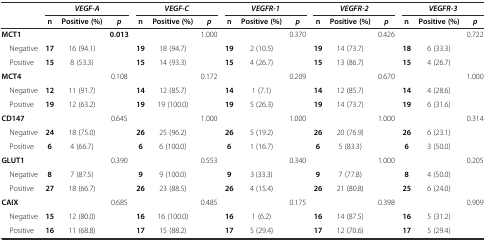
<table><thead><tr><td rowspan="2"></td><td colspan="3"><b><i>VEGF-A</i></b></td><td colspan="3"><b><i>VEGF-C</i></b></td><td colspan="3"><b><i>VEGFR-1</i></b></td><td colspan="3"><b><i>VEGFR-2</i></b></td><td colspan="3"><b><i>VEGFR-3</i></b></td></tr><tr><td><b>n</b></td><td><b>Positive (%)</b></td><td><b><i>p</i></b></td><td><b>n</b></td><td><b>Positive (%)</b></td><td><b><i>p</i></b></td><td><b>n</b></td><td><b>Positive (%)</b></td><td><b><i>p</i></b></td><td><b>n</b></td><td><b>Positive (%)</b></td><td><b><i>p</i></b></td><td><b>n</b></td><td><b>Positive (%)</b></td><td><b><i>p</i></b></td></tr></thead><tbody><tr><td><b>MCT1</b></td><td></td><td></td><td><b>0.013</b></td><td></td><td></td><td>1.000</td><td></td><td></td><td>0.370</td><td></td><td></td><td>0.426</td><td></td><td></td><td>0.722</td></tr><tr><td> Negative</td><td><b>17</b></td><td>16 (94.1)</td><td></td><td><b>19</b></td><td>18 (94.7)</td><td></td><td><b>19</b></td><td>2 (10.5)</td><td></td><td><b>19</b></td><td>14 (73.7)</td><td></td><td><b>18</b></td><td>6 (33.3)</td><td></td></tr><tr><td> Positive</td><td><b>15</b></td><td>8 (53.3)</td><td></td><td><b>15</b></td><td>14 (93.3)</td><td></td><td><b>15</b></td><td>4 (26.7)</td><td></td><td><b>15</b></td><td>13 (86.7)</td><td></td><td><b>15</b></td><td>4 (26.7)</td><td></td></tr><tr><td><b>MCT4</b></td><td></td><td></td><td>0.108</td><td></td><td></td><td>0.172</td><td></td><td></td><td>0.209</td><td></td><td></td><td>0.670</td><td></td><td></td><td>1.000</td></tr><tr><td> Negative</td><td><b>12</b></td><td>11 (91.7)</td><td></td><td><b>14</b></td><td>12 (85.7)</td><td></td><td><b>14</b></td><td>1 (7.1)</td><td></td><td><b>14</b></td><td>12 (85.7)</td><td></td><td><b>14</b></td><td>4 (28.6)</td><td></td></tr><tr><td> Positive</td><td><b>19</b></td><td>12 (63.2)</td><td></td><td><b>19</b></td><td>19 (100.0)</td><td></td><td><b>19</b></td><td>5 (26.3)</td><td></td><td><b>19</b></td><td>14 (73.7)</td><td></td><td><b>19</b></td><td>6 (31.6)</td><td></td></tr><tr><td><b>CD147</b></td><td></td><td></td><td>0.645</td><td></td><td></td><td>1.000</td><td></td><td></td><td>1.000</td><td></td><td></td><td>1.000</td><td></td><td></td><td>0.314</td></tr><tr><td> Negative</td><td><b>24</b></td><td>18 (75.0)</td><td></td><td><b>26</b></td><td>25 (96.2)</td><td></td><td><b>26</b></td><td>5 (19.2)</td><td></td><td><b>26</b></td><td>20 (76.9)</td><td></td><td><b>26</b></td><td>6 (23.1)</td><td></td></tr><tr><td> Positive</td><td><b>6</b></td><td>4 (66.7)</td><td></td><td><b>6</b></td><td>6 (100.0)</td><td></td><td><b>6</b></td><td>1 (16.7)</td><td></td><td><b>6</b></td><td>5 (83.3)</td><td></td><td><b>6</b></td><td>3 (50.0)</td><td></td></tr><tr><td><b>GLUT1</b></td><td></td><td></td><td>0.390</td><td></td><td></td><td>0.553</td><td></td><td></td><td>0.340</td><td></td><td></td><td>1.000</td><td></td><td></td><td>0.205</td></tr><tr><td> Negative</td><td><b>8</b></td><td>7 (87.5)</td><td></td><td><b>9</b></td><td>9 (100.0)</td><td></td><td><b>9</b></td><td>3 (33.3)</td><td></td><td><b>9</b></td><td>7 (77.8)</td><td></td><td><b>8</b></td><td>4 (50.0)</td><td></td></tr><tr><td> Positive</td><td><b>27</b></td><td>18 (66.7)</td><td></td><td><b>26</b></td><td>23 (88.5)</td><td></td><td><b>26</b></td><td>4 (15.4)</td><td></td><td><b>26</b></td><td>21 (80.8)</td><td></td><td><b>25</b></td><td>6 (24.0)</td><td></td></tr><tr><td><b>CAIX</b></td><td></td><td></td><td>0.685</td><td></td><td></td><td>0.485</td><td></td><td></td><td>0.175</td><td></td><td></td><td>0.398</td><td></td><td></td><td>0.909</td></tr><tr><td> Negative</td><td><b>15</b></td><td>12 (80.0)</td><td></td><td><b>16</b></td><td>16 (100.0)</td><td></td><td><b>16</b></td><td>1 (6.2)</td><td></td><td><b>16</b></td><td>14 (87.5)</td><td></td><td><b>16</b></td><td>5 (31.2)</td><td></td></tr><tr><td> Positive</td><td><b>16</b></td><td>11 (68.8)</td><td></td><td><b>17</b></td><td>15 (88.2)</td><td></td><td><b>17</b></td><td>5 (29.4)</td><td></td><td><b>17</b></td><td>12 (70.6)</td><td></td><td><b>17</b></td><td>5 (29.4)</td><td></td></tr></tbody></table>